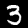
Digit: 3